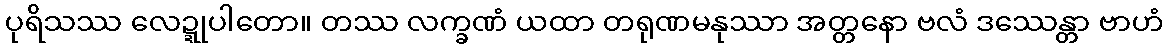
ပုရိသဿ လေဍ္ဍုပါတော။ တဿ လက္ခဏံ ယထာ တရုဏမနုဿာ အတ္တနော ဗလံ ဒဿေန္တာ ဗာဟံ